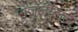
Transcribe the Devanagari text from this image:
गजलीटांड